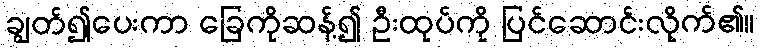
ချွတ်၍ပေးကာ ခြေကိုဆန့်၍ ဦးထုပ်ကို ပြင်ဆောင်းလိုက်၏။